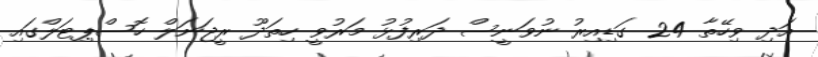
އަދި ވިހޭތާ 24 ގަޑިއިރު ނުވަނީސް ދަރިފުޅު މަރުވީ ހިތަދޫ ރީޖަނަލް ހޮސްޕިޓަލްގައި